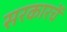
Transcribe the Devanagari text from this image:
सरकारचें